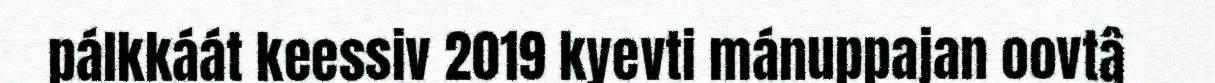
pálkkáát keessiv 2019 kyevti mánuppajan oovtâ